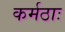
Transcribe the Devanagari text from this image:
कर्मठाः